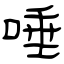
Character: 唾